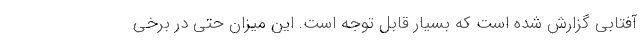
آفتابی گزارش شده است که بسیار قابل توجه است. این میزان حتی در برخی